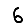
Digit: 6